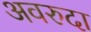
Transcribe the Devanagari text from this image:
अवरुदा